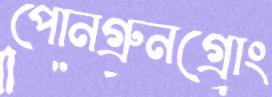
পোনগ্রুনগ্রোং